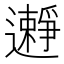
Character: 𨘱